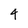
Character: 4